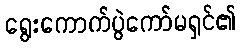
ရွေးကောက်ပွဲကော်မရှင်၏